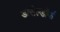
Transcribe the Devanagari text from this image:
डासेल्डॉर्फ